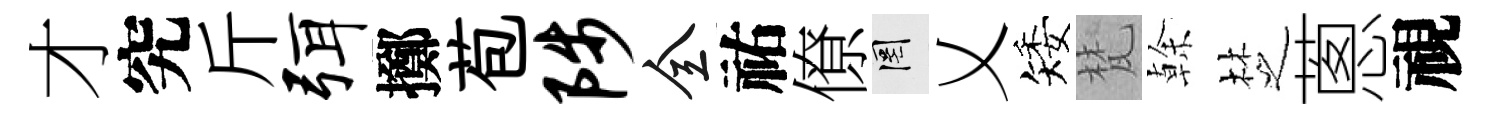
才究斤弭擲苞陟全祐僚罔乂矮梵𠏉椘蔥視